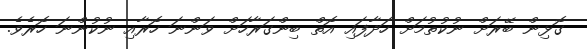
ގޮޅިން ބޭރަށް ނުކުތުމަށް ހަދާފައި އޮތް ބިންގަރާހަށް ވަންނަ ހޮރާއި ނުކުންނަ ހޮރެވެ.